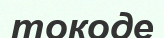
токоде